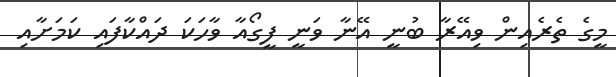
މީގެ ތެރެއިން ވިއޭރާ ބުނީ އޭނާ ވަނީ ފީގޯއާ ވާހަކަ ދައްކާފައި ކަމަށާއި